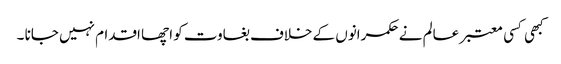
کبھی کسی معتبر عالم نے حکمرانوں کے خلاف بغاوت کو اچھا اقدام نہیں جانا ۔